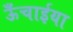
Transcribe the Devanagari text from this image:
ऊँचाईया